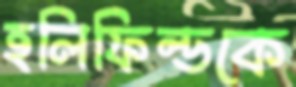
হলিফিল্ডকে